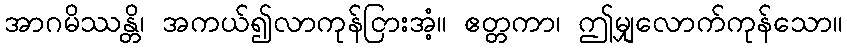
အာဂမိဿန္တိ၊ အကယ်၍လာကုန်ငြားအံ့။ ဧတ္တကာ၊ ဤမျှလောက်ကုန်သော။